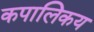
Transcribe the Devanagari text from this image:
कपालिकय